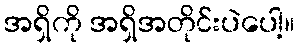
အရှိကို အရှိအတိုင်းပဲပေါ့။